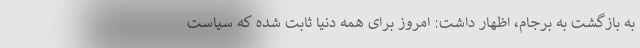
به بازگشت به برجام، اظهار داشت: امروز برای همه دنیا ثابت شده که سیاست